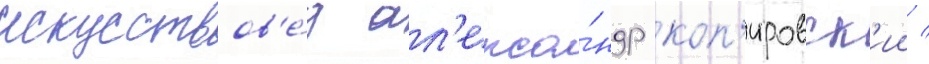
искусствов'е́д ал'екса́ндр коп'ировск'ии /